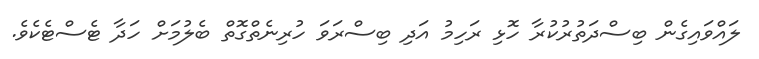
ލައްވައިގެން ބިސްދަތުރުކުރާ ހޮޅި ރަހިމު އަދި ބިސްރަވަ ހުރިނެތްގޮތް ބެލުމަށް ހަދާ ޓެސްޓެކެވެ.